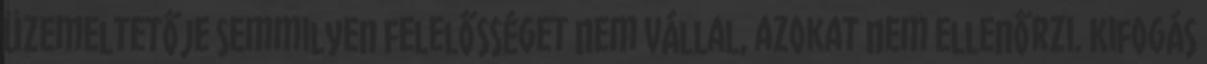
üzemeltetője semmilyen felelősséget nem vállal, azokat nem ellenőrzi. Kifogás